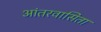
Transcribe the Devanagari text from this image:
आंतरवासिता